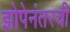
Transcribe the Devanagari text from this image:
झोपेनंतरची